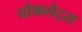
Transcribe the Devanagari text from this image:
चोकलेट्स